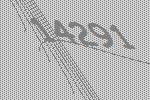
14291